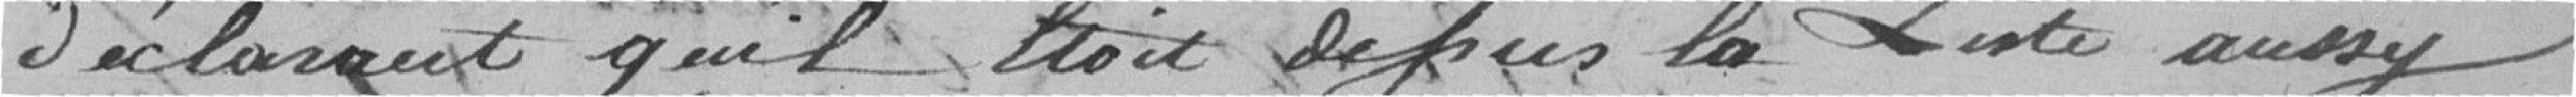
Déclarant qu'il était dessus la liste aussi